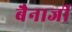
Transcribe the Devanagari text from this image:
बैनार्जी